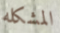
المشكله